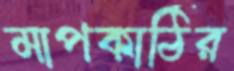
মাপকাঠির